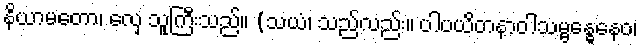
နိယာမတော၊ လှေ သူကြီးသည်။ (သယံ၊ သည်လည်း။ ပါပယိတနာဝါသမ္ဗန္ဓေနေဝ၊